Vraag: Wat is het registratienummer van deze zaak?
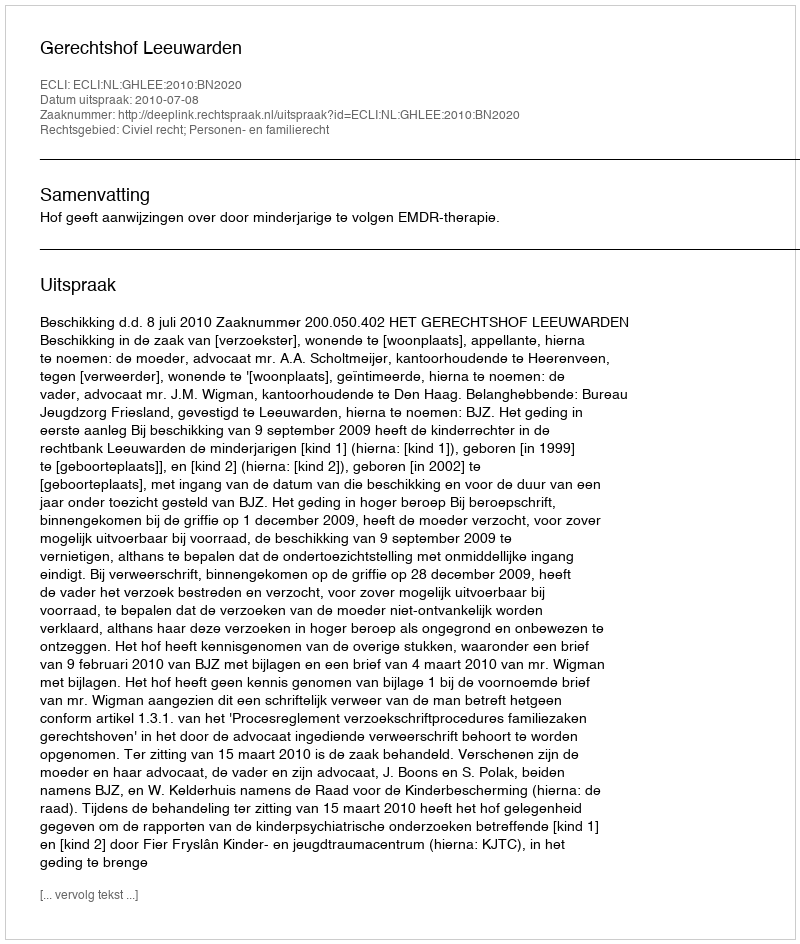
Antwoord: http://deeplink.rechtspraak.nl/uitspraak?id=ECLI:NL:GHLEE:2010:BN2020